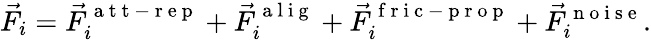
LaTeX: \vec{F}_{i}=\vec{F}_{i}^{\mathrm{~a~t~t~-~r~e~p~}}+\vec{F}_{i}^{\mathrm{~a~l~i~g~}}+\vec{F}_{i}^{\mathrm{~f~r~i~c~-~p~r~o~p~}}+\vec{F}_{i}^{\mathrm{~n~o~i~s~e~}}.